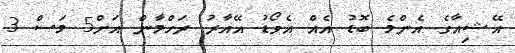
އޭޝިއާގެ އެންމެ ބޮޑު އެއް އެވޯޑު އޭއާރު ރަހްމާން އަށް5 މަސް 3